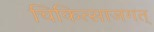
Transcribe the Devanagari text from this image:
चिकित्साजगत्‌